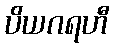
ပိယဂရဟီ